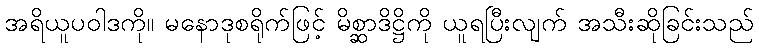
အရိယူပဝါဒကို။ မနောဒုစရိုက်ဖြင့် မိစ္ဆာဒိဋ္ဌိကို ယူရပြီးလျက် အသီးဆိုခြင်းသည်